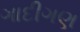
ગાદીગણ